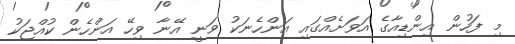
މި ފަހުން އިންޑިއާގެ އަވަށެއްގައި އަންހެނަކު ވަނީ އޭނާ ވިހޭ އަންހެން ކުއްޖަކު